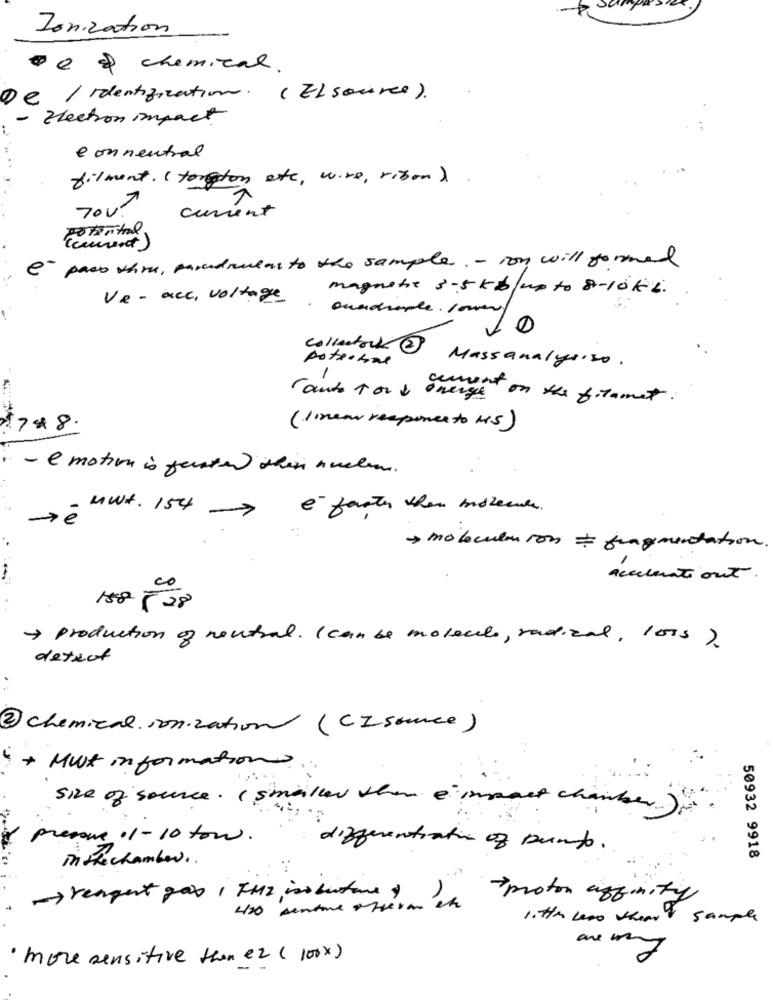
Ionization
Pe & chemical.
De / identification. (ELsource).
- Election impact
e on neutral
..
filment. ( torgeton ate, wire, rison)
current
potential
@ - pass thru, paradoulan to the sample. - ion will formed
magnetic 3-5 kb /up to 8-10 KL.
Ve - acc, voltage
oundrople. lower
potecnome
collectors2 Massanalysiso.
cement.
Tauts tori energe on the filament .
1748.
(linear response to MS)
.
- emotion is faster then nuclear.
MWt. 154
e- faster than insteenle.
> molecularon = fragmentation.
accelerationt.
158 538
> production of neutral. ( can be molecule, radical, loss)
detect
2 chemical. ionization (CI sauce)
+ Mwst information.
size of source. ( smaller than è impact chamber)
pressure 11 - 10 ton .
differentiation of Dumb.
in the chamber ..
50932 9918
-> reagert gab , FMZ isobutane 1
proton affinity
420 sentire otheran?
1. Htm wso there's sample
are wang
· more sensitive then er ( 100%)